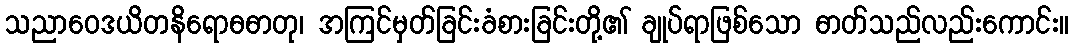
သညာဝေဒယိတနိရောဓဓာတု၊ အကြင်မှတ်ခြင်းခံစားခြင်းတို့၏ ချုပ်ရာဖြစ်သော ဓာတ်သည်လည်းကောင်း။